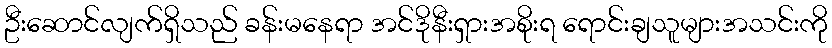
ဦးဆောင်လျက်ရှိသည် ခန်းမနေရာ အင်ဒိုနီးရှားအစိုးရ ရောင်းချသူများအသင်းကို